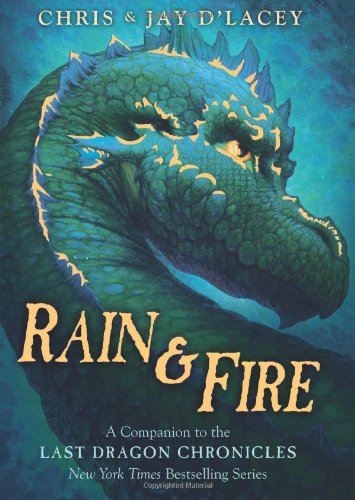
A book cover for Rain & Fire: A Companion to the Last Dragon Chronicles; Jay d'Lacey; Children's Books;